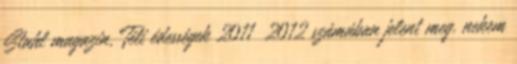
Stahl magazin, Téli édességek 2011 2012 számában jelent meg. nekem